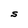
Character: S